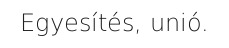
Egyesítés, unió.